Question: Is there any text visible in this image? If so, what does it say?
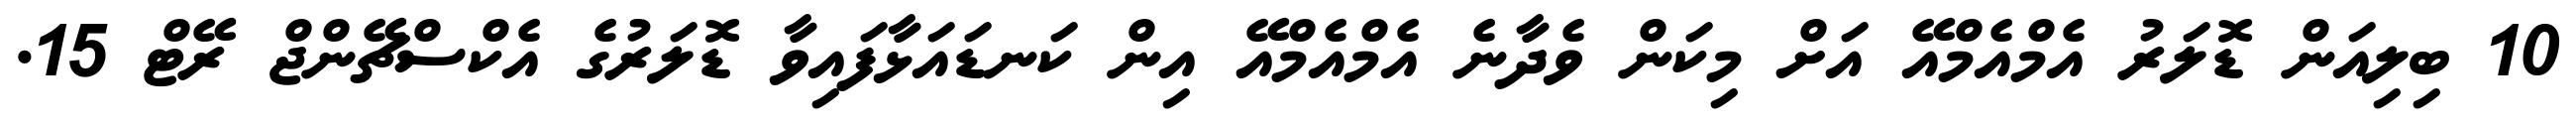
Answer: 10 ބިލިއަން ޑޮލަރު އެމްއެމްއޭ އަށް މިކަން ވެދާނެ އެމްއެމްއޭ އިން ކަނޑައަޅާފައިވާ ޑޮލަރުގެ އެކްސްޗޭންޖް ރޭޓް 15.